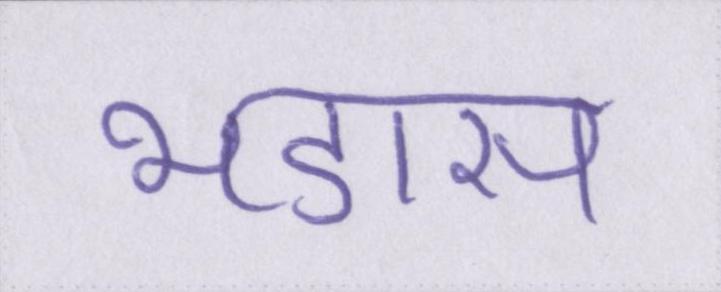
भडास